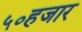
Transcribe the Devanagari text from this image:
५०हजार